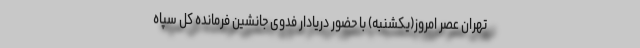
تهران عصر امروز(یکشنبه) با حضور دریادار فدوی جانشین فرمانده کل سپاه